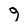
Character: 9